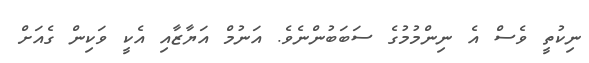
ނިކުތީ ވެސް އެ ނިންމުމުގެ ސަބަބުންނެވެ. އަނުމް އަޔާޒާއި އެކީ ވަކިން ގެއަށް